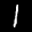
Label: 1